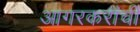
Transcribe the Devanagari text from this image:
आगरकरांची